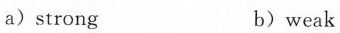
a) strong b) weak